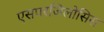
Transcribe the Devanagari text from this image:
एसपरजिलोसिस